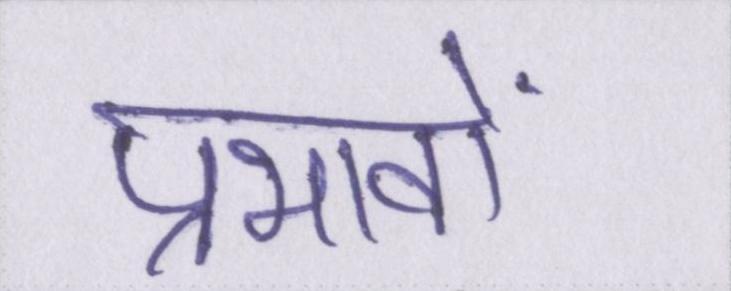
प्रभावों